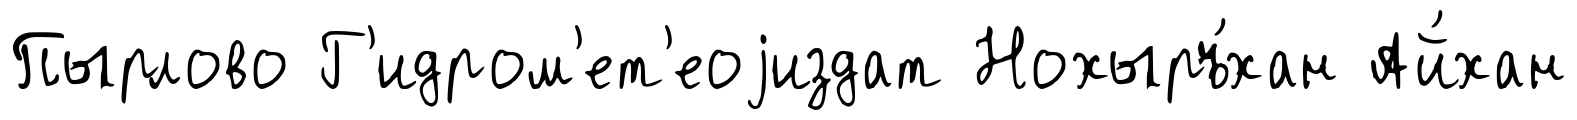
Пырлово Г'идром'ет'еоjиздат Нохыръ́хан Ай́хан